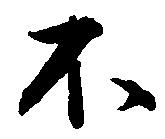
不